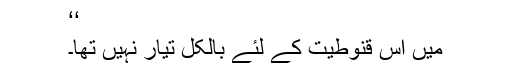
‘‘
میں اس قنوطیت کے لئے بالکل تیار نہیں تھا۔